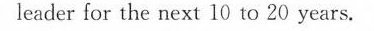
leader for the next 10 to 20 years.